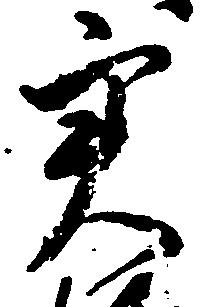
実